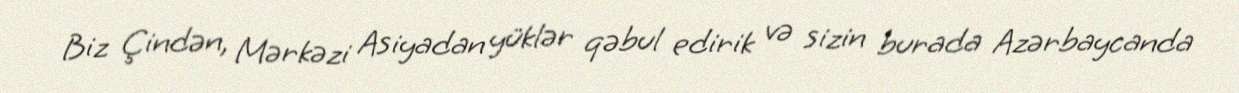
Biz Çindən, Mərkəzi Asiyadan yüklər qəbul edirik və sizin burada Azərbaycanda